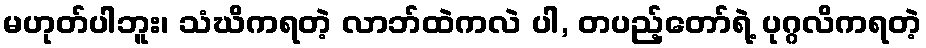
မဟုတ်ပါဘူး၊ သံဃိကရတဲ့ လာဘ်ထဲကလဲ ပါ, တပည့်တော်ရဲ့ ပုဂ္ဂလိကရတဲ့